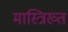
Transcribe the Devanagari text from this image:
मास्त्रिख्त